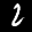
Label: 2